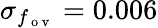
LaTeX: \sigma_{f_{\mathrm{~o~v~}}}=0.006